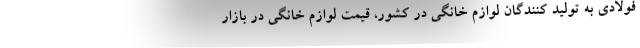
فولادی به تولید کنندگان لوازم خانگی در کشور، قیمت لوازم خانگی در بازار